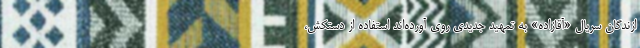
ازندگان سریال «آقازاده» به تمهید جدیدی روی آورده‌اند استفاده از دستکش،